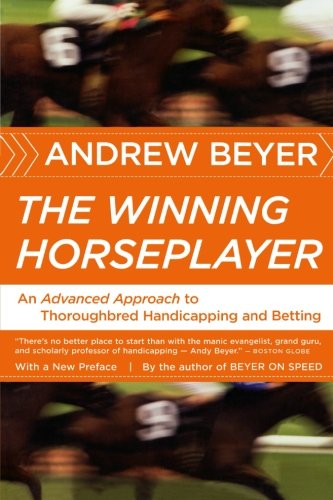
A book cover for The Winning Horseplayer: An Advanced Approach to Thoroughbred Handicapping and Betting; Andrew Beyer; Humor & Entertainment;